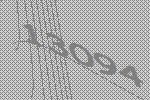
13094